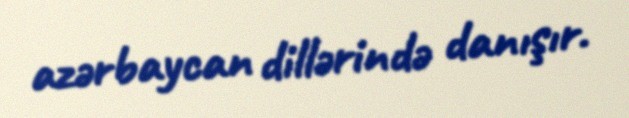
azərbaycan dillərində danışır.